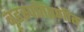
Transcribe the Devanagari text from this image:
बृहस्पतिप्रणीत